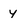
Character: y